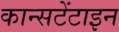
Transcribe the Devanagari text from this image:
कान्सटेंटाइन